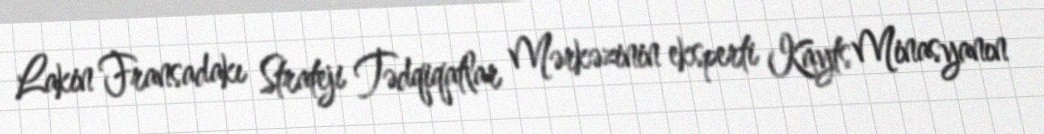
Lakin Fransadakı Strateji Tədqiqatlar Mərkəzinin eksperti Kayts Minasyanın